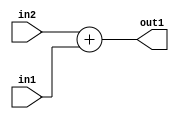
`timescale 1ps / 1ps
/*****************************************************************************
    Verilog RTL Description
    
    
    Created by: Stratus DpOpt 2019.1.01 
*******************************************************************************/

module SobelFilter_Add_11Ux10U_12U_4 (
	in2,
	in1,
	out1
	); /* architecture "behavioural" */ 
input [10:0] in2;
input [9:0] in1;
output [11:0] out1;
wire [11:0] asc001;

assign asc001 = 
	+(in2)
	+(in1);

assign out1 = asc001;
endmodule

/* CADENCE  urn0TwA= : u9/ySgnWtBlWxVPRXgAZ4Og= ** DO NOT EDIT THIS LINE ******/